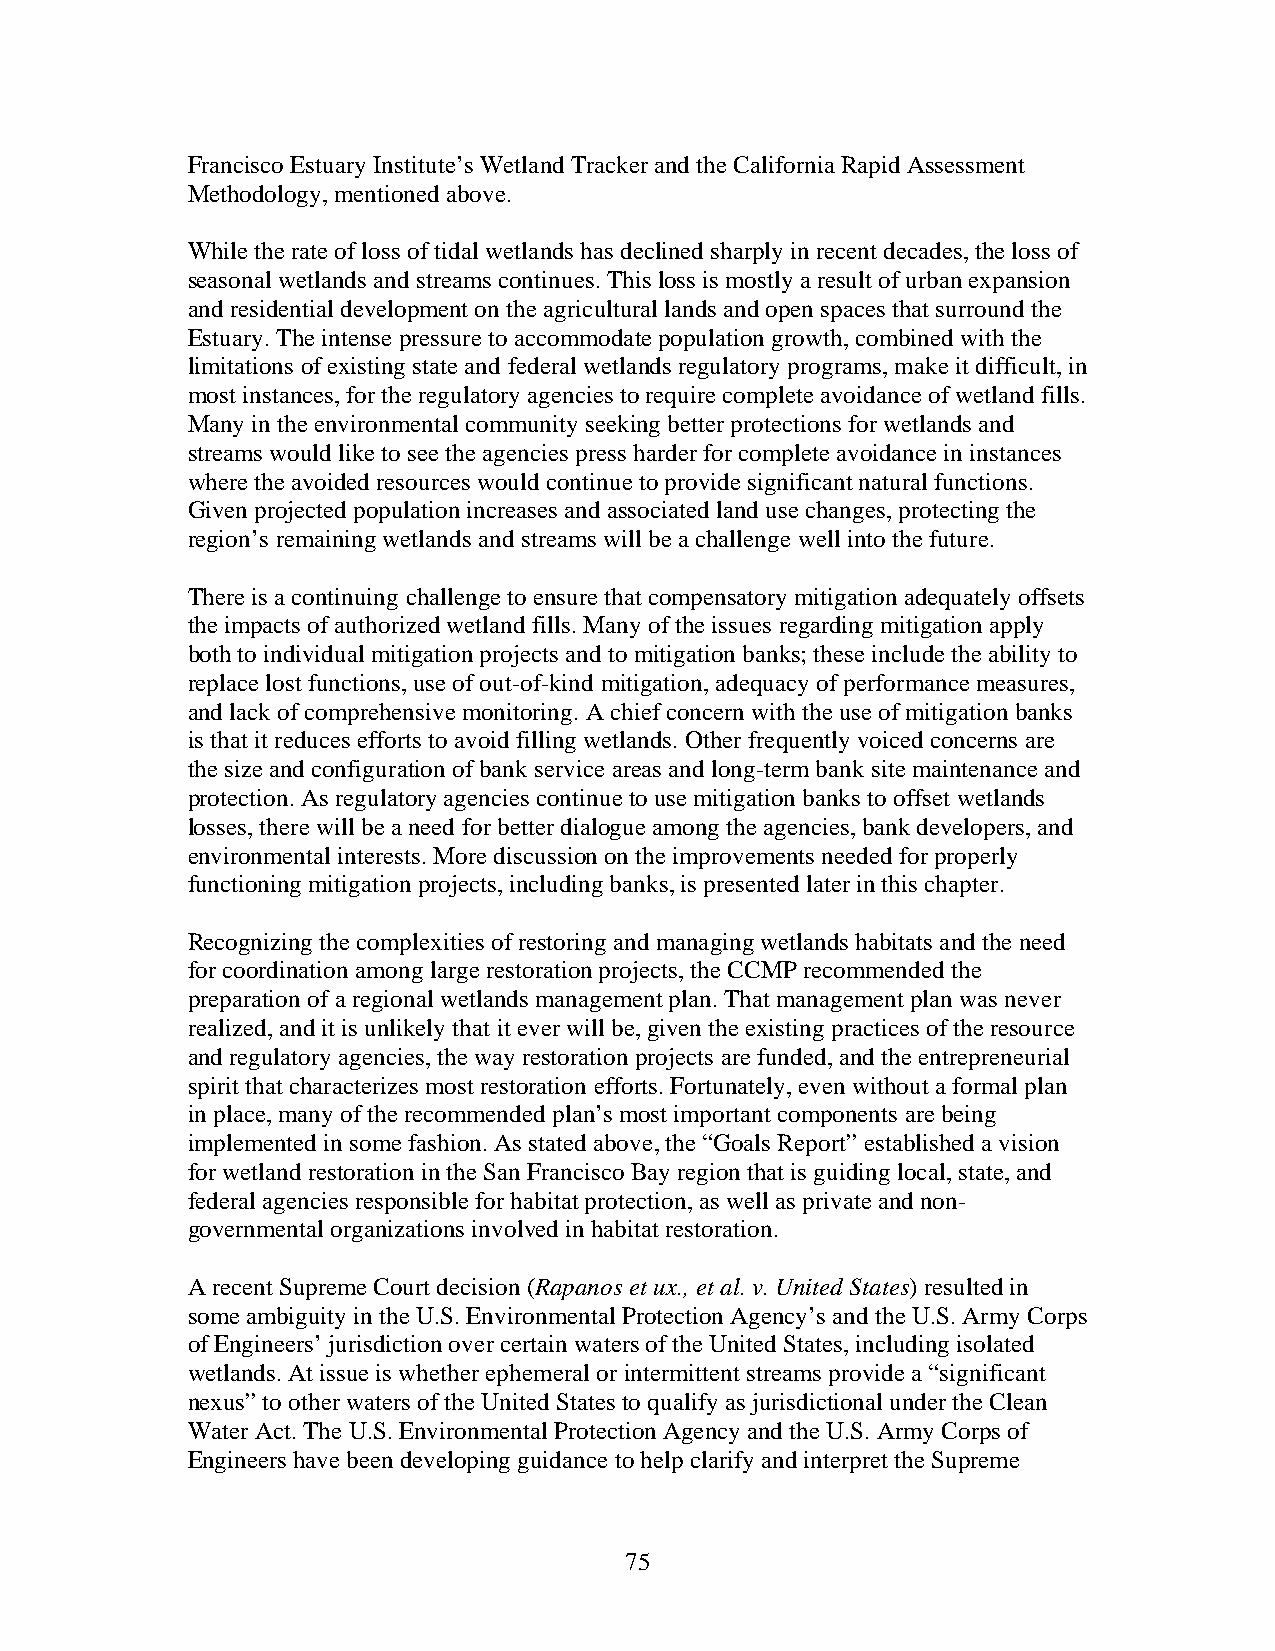
Francisco Estuary Institute’s Wetland Tracker and the California Rapid Assessment
 Methodology, mentioned above.
 While the rate of loss of tidal wetlands has declined sharply in recent decades, the loss of
 seasonal wetlands and streams continues. This loss is mostly a result of urban expansion
 and residential development on the agricultural lands and open spaces that surround the
 Estuary. The intense pressure to accommodate population growth, combined with the
 limitations of existing state and federal wetlands regulatory programs, make it difficult, in
 most instances, for the regulatory agencies to require complete avoidance of wetland fills.
 Many in the environmental community seeking better protections for wetlands and
 streams would like to see the agencies press harder for complete avoidance in instances
 where the avoided resources would continue to provide significant natural functions.
 Given projected population increases and associated land use changes, protecting the
 region’s remaining wetlands and streams will be a challenge well into the future.
 There is a continuing challenge to ensure that compensatory mitigation adequately offsets
 the impacts of authorized wetland fills. Many of the issues regarding mitigation apply
 both to individual mitigation projects and to mitigation banks; these include the ability to
 replace lost functions, use of out-of-kind mitigation, adequacy of performance measures,
 and lack of comprehensive monitoring. A chief concern with the use of mitigation banks
 is that it reduces efforts to avoid filling wetlands. Other frequently voiced concerns are
 the size and configuration of bank service areas and long-term bank site maintenance and
 protection. As regulatory agencies continue to use mitigation banks to offset wetlands
 losses, there will be a need for better dialogue among the agencies, bank developers, and
 environmental interests. More discussion on the improvements needed for properly
 functioning mitigation projects, including banks, is presented later in this chapter.
 Recognizing the complexities of restoring and managing wetlands habitats and the need
 for coordination among large restoration projects, the CCMP recommended the
 preparation of a regional wetlands management plan. That management plan was never
 realized, and it is unlikely that it ever will be, given the existing practices of the resource
 and regulatory agencies, the way restoration projects are funded, and the entrepreneurial
 spirit that characterizes most restoration efforts. Fortunately, even without a formal plan
 in place, many of the recommended plan’s most important components are being
 implemented in some fashion. As stated above, the “Goals Report” established a vision
 for wetland restoration in the San Francisco Bay region that is guiding local, state, and
 federal agencies responsible for habitat protection, as well as private and non-
 governmental organizations involved in habitat restoration.
 A recent Supreme Court decision (Rapanos et ux., et al. v. United States) resulted in
 some ambiguity in the U.S. Environmental Protection Agency’s and the U.S. Army Corps
 of Engineers’ jurisdiction over certain waters of the United States, including isolated
 wetlands. At issue is whether ephemeral or intermittent streams provide a “significant
 nexus” to other waters of the United States to qualify as jurisdictional under the Clean
 Water Act. The U.S. Environmental Protection Agency and the U.S. Army Corps of
 Engineers have been developing guidance to help clarify and interpret the Supreme
 75